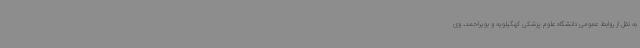
به نقل از روابط عمومی دانشگاه علوم پزشکی کهگیلویه و بویراحمد، وی